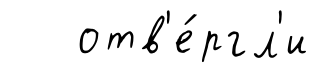
отв'е́ргл'и